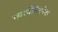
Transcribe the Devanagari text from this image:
स्वार्थनिरपेक्ष